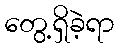
တွေ့ရှိခဲ့ရာ